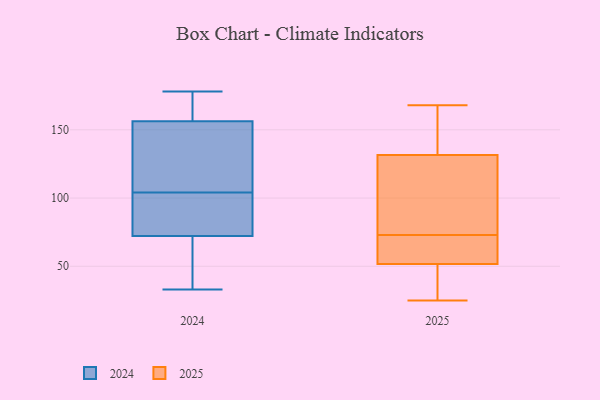
{"axis": {"x": "Temperature (°C)", "y": "Value"}, "legend": ["2024", "2025"], "data": [{"x": "", "y": 148, "type": "2025"}, {"x": "", "y": 45, "type": "2025"}, {"x": "", "y": 75, "type": "2025"}, {"x": "", "y": 126, "type": "2025"}, {"x": "", "y": 168, "type": "2025"}, {"x": "", "y": 66, "type": "2025"}, {"x": "", "y": 73, "type": "2025"}, {"x": "", "y": 43, "type": "2025"}, {"x": "", "y": 92, "type": "2025"}, {"x": "", "y": 25, "type": "2025"}, {"x": "", "y": 54, "type": "2025"}, {"x": "", "y": 155, "type": "2025"}, {"x": "", "y": 64, "type": "2025"}, {"x": "", "y": 159, "type": "2024"}, {"x": "", "y": 148, "type": "2024"}, {"x": "", "y": 111, "type": "2024"}, {"x": "", "y": 66, "type": "2024"}, {"x": "", "y": 37, "type": "2024"}, {"x": "", "y": 178, "type": "2024"}, {"x": "", "y": 91, "type": "2024"}, {"x": "", "y": 104, "type": "2024"}, {"x": "", "y": 163, "type": "2024"}, {"x": "", "y": 33, "type": "2024"}, {"x": "", "y": 91, "type": "2024"}]}